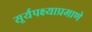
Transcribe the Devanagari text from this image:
सूर्यपक्ष्याप्रमाणे